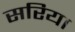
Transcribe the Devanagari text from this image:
सरिया